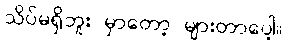
သိပ်မရှိဘူး မှာတော့ များတာပေါ့။